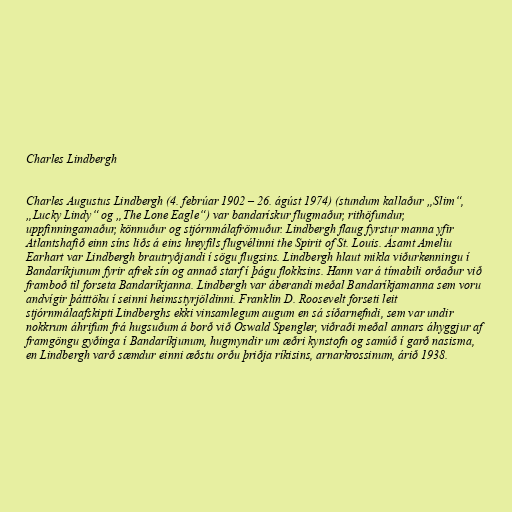
Charles Lindbergh

Charles Augustus Lindbergh (4. febrúar 1902 – 26. ágúst 1974) (stundum kallaður „Slim“,
„Lucky Lindy“ og „The Lone Eagle“) var bandarískur flugmaður, rithöfundur,
uppfinningamaður, könnuður og stjórnmálafrömuður. Lindbergh flaug fyrstur manna yfir
Atlantshafið einn síns liðs á eins hreyfils flugvélinni the Spirit of St. Louis. Ásamt Ameliu
Earhart var Lindbergh brautryðjandi í sögu flugsins. Lindbergh hlaut mikla viðurkenningu í
Bandaríkjunum fyrir afrek sín og annað starf í þágu flokksins. Hann var á tímabili orðaður við
framboð til forseta Bandaríkjanna. Lindbergh var áberandi meðal Bandaríkjamanna sem voru
andvígir þátttöku í seinni heimsstyrjöldinni. Franklin D. Roosevelt forseti leit
stjórnmálaafskipti Lindberghs ekki vinsamlegum augum en sá síðarnefndi, sem var undir
nokkrum áhrifum frá hugsuðum á borð við Oswald Spengler, viðraði meðal annars áhyggjur af
framgöngu gyðinga í Bandaríkjunum, hugmyndir um æðri kynstofn og samúð í garð nasisma,
en Lindbergh varð sæmdur einni æðstu orðu þriðja ríkisins, arnarkrossinum, árið 1938.